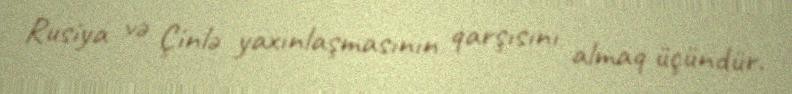
Rusiya və Çinlə yaxınlaşmasının qarşısını almaq üçündür.